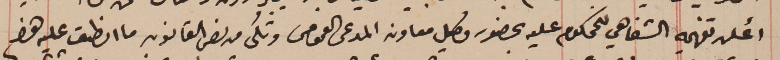
أعلن تفهمهِ الشفاهي للمحكوم عليه بحضور وكيل معاون المدعى العمومى وتُلى من نص القانون ما انطبق عليه هذا